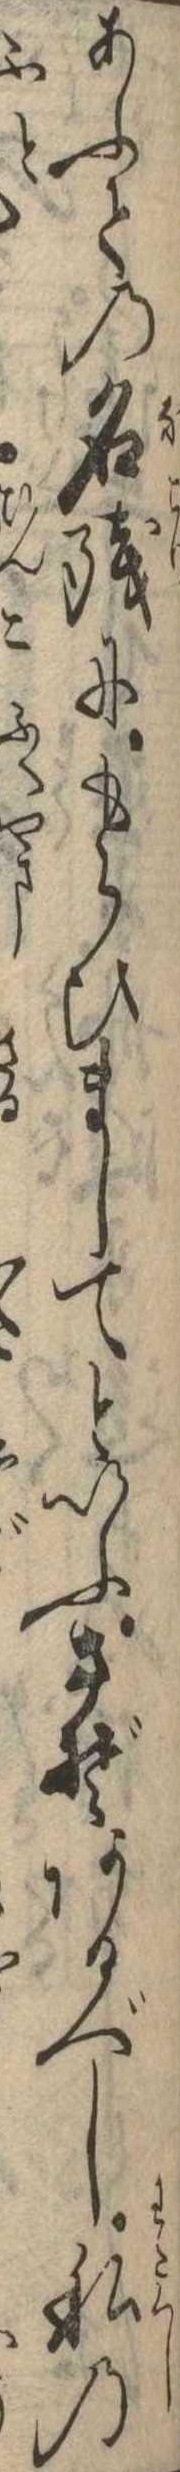
あふての名残にもらひましてといふさぞあるべし私の